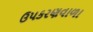
ઉપકરણવાળા